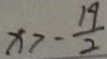
x > - \frac { 1 9 } { 2 }